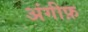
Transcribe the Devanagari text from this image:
अंगीफ़